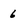
Character: 6